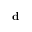
\mathbf { d }